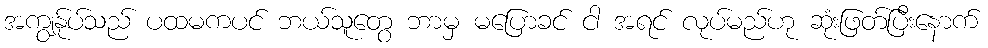
အကျွန်ုပ်သည် ပထမကပင် ဘယ်သူတွေ ဘာမှ မပြောခင် ငါ အရင် လုပ်မည်ဟု ဆုံးဖြတ်ပြီးနောက်